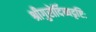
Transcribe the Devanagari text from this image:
श्रीगुरोर्दिव्यदृष्टिः